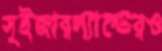
সুইজারল্যান্ডেরও